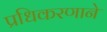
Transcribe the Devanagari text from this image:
प्रधिकरणाने